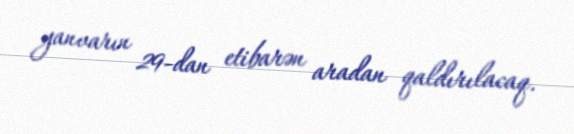
yanvarın 29-dan etibarən aradan qaldırılacaq.